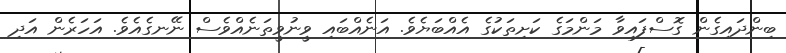
ބިންދައިގެން ގޮސްފައިވާ މަންމަގެ ކަށިތަކުގެ އެއްބަޔެވެ. އަނެއްބައި ވީނުވީތަނެއްވެސް ނޭނގެއެވެ. އަހަރެން އަދި